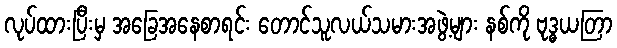
လုပ်ထားပြီးမှ အခြေအနေစာရင်း တောင်သူလယ်သမားအဖွဲ့များ နစ်ကို ဗုဒ္ဓယတြာ